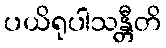
ပယိရုပါသန္တီတိ